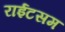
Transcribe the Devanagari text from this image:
राईटसम